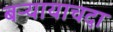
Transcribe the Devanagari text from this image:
बऱ्यायाचदा